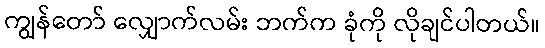
ကျွန်တော် လျှောက်လမ်း ဘက်က ခုံကို လိုချင်ပါတယ်။